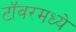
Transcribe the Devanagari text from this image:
टॉवरमध्ये